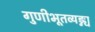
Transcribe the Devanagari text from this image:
गुणीभूतव्यङ्ग्य